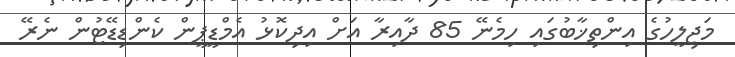
މަޖިލީހުގެ އިންތިޚާބުގައި ހިމެނޭ 85 ދާއިރާ އަށް އިދިކޮޅު އެމްޑީޕީން ކެންޑިޑޭޓުން ނެރޭ